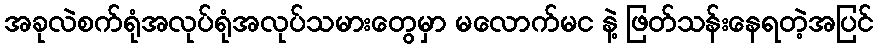
အခုလဲစက်ရုံအလုပ်ရုံအလုပ်သမားတွေမှာ မလောက်မင နဲ့ ဖြတ်သန်းနေရတဲ့အပြင်